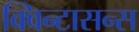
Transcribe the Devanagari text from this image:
क्विन्टासन्स